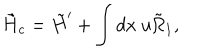
LaTeX: \tilde { H } _ { c } = \tilde { H } ^ { \prime } + \int d x ~ u \tilde { \Omega } _ { 1 } ,